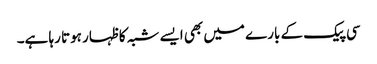
سی پیک کے بارے میں بھی ایسے شبہ کا ظہار ہوتا رہا ہے۔